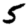
Digit: 5